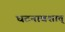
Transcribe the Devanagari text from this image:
घटनावशात्